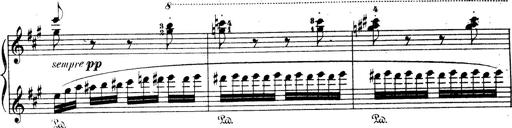
Title: Wagner-Liszt Album
Composer: Franz Liszt